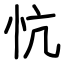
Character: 忼